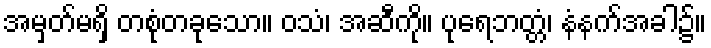
အမှတ်မရှိ တစုံတခုသော။ ဝသံ၊ အဆီကို။ ပုရေဘတ္တံ၊ နံနက်အခါ၌။